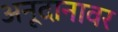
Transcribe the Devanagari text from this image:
अनूदानावर